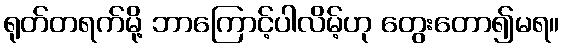
ရုတ်တရက်မို့ ဘာကြောင့်ပါလိမ့်ဟု တွေးတော၍မရ။